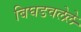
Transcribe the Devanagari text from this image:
बिघडवलेले